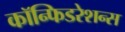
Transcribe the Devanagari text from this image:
कॉन्फिडरेशन्स